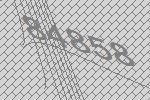
84858